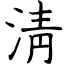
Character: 淸